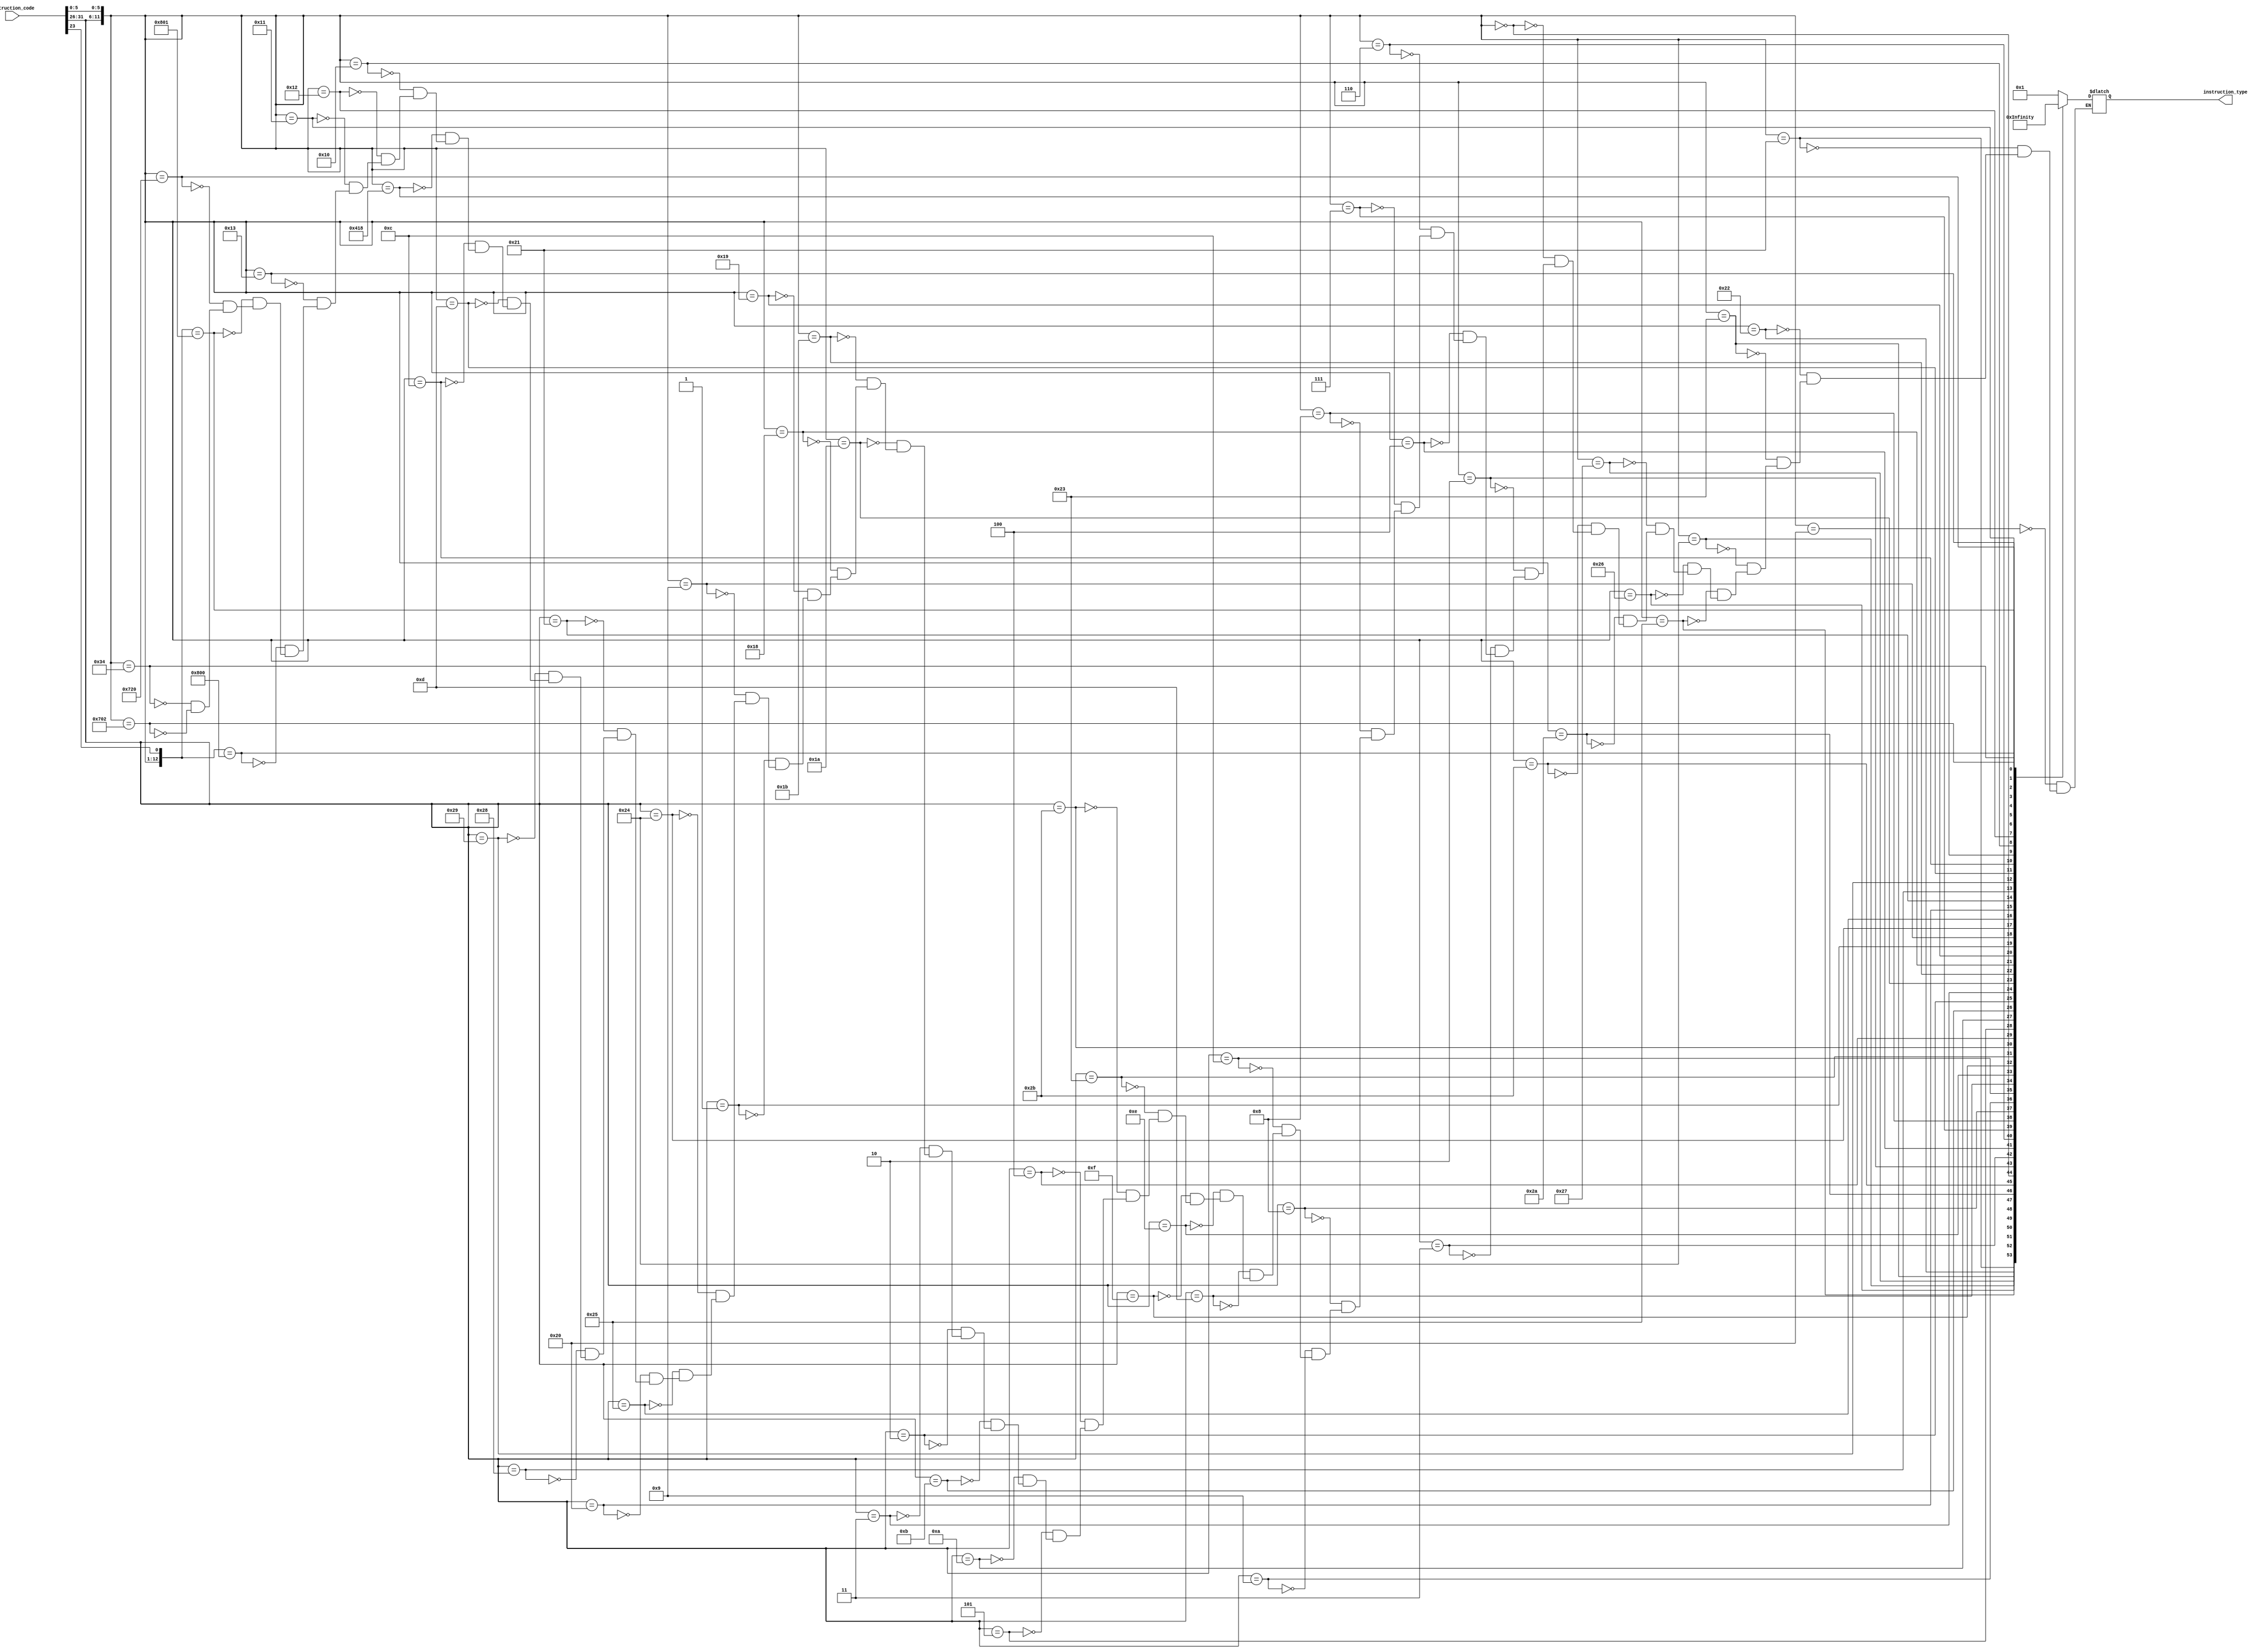
`timescale 1ns / 1ps
//////////////////////////////////////////////////////////////////////////////////
// Company: 
// Engineer: 
// 
// Design Name: 
// Module Name: instrcution_decoder
// Project Name: 
// Target Devices: 
// Tool Versions: 
// Description: 
// 
// Dependencies: 
// 
// Revision:
// Revision 0.01 - File Created
// Additional Comments:
// 
//////////////////////////////////////////////////////////////////////////////////


module instruction_decoder( input [31:0] instruction_code,output reg[54:0] instruction_type);
//
wire [12:0] temp;
assign temp = {instruction_code[31:26],instruction_code[5:0],instruction_code[23]};
//32~26op5~0func541

always @ (temp) begin
casez(temp)
   13'b000000100000?:instruction_type<=1<<0;//ADD
   13'b000000100001?:instruction_type<=1<<1;//ADDU
   13'b000000100010?:instruction_type<=1<<2;//SUB
   13'b000000100011?:instruction_type<=1<<3;//SUBU
   13'b000000100100?:instruction_type<=1<<4;//AND
   13'b000000100101?:instruction_type<=1<<5;//OR
   13'b000000100110?:instruction_type<=1<<6;//XOR
   13'b000000100111?:instruction_type<=1<<7;//NOR
   13'b000000101010?:instruction_type<=1<<8;//SLT
   13'b000000101011?:instruction_type<=1<<9;//SLTU
   13'b000000000000?:instruction_type<=1<<10;//SLL
   13'b000000000010?:instruction_type<=1<<11;//SRL
   13'b000000000011?:instruction_type<=1<<12;//SRA
   13'b000000000100?:instruction_type<=1<<13;//SLLV
   13'b000000000110?:instruction_type<=1<<14;//SRLV
   13'b000000000111?:instruction_type<=1<<15;//SRAV
   13'b000000001000?:instruction_type<=1<<16;//JR
   13'b001000???????:instruction_type<=1<<17;//ADDI
   13'b001001???????:instruction_type<=1<<18;//ADDIU
   13'b001100???????:instruction_type<=1<<19;//ANDI
   13'b001101???????:instruction_type<=1<<20;//ORI
   13'b001110???????:instruction_type<=1<<21;//XORI
   13'b001111???????:instruction_type<=1<<22;//LUI
   13'b100011???????:instruction_type<=1<<23;//LW
   13'b101011???????:instruction_type<=1<<24;//SW
   13'b000100???????:instruction_type<=1<<25;//BEQ
   13'b000101???????:instruction_type<=1<<26;//BNE
   13'b001010???????:instruction_type<=1<<27;//SLTI
   13'b001011???????:instruction_type<=1<<28;//SLTIU
   13'b000010???????:instruction_type<=1<<29;//JL
   13'b000011???????:instruction_type<=1<<30;//JAL
   13'b000000011010?:instruction_type<=1<<31;//DIV
   13'b000000011011?:instruction_type<=1<<32;//DIVU
   13'b000000011000?:instruction_type<=1<<33;//MULT
   13'b000000011001?:instruction_type<=1<<34;//MULTU
   13'b000001???????:instruction_type<=1<<35;//BGEZ
   13'b000000001001?:instruction_type<=1<<36;//JALR
   13'b100100???????:instruction_type<=1<<37;//LBU
   13'b100101???????:instruction_type<=1<<38;//LHU
   13'b100000???????:instruction_type<=1<<39;//LB
   13'b100001???????:instruction_type<=1<<40;//LH
   13'b101000???????:instruction_type<=1<<41;//SB
   13'b101001???????:instruction_type<=1<<42;//SH
   13'b000000001101?:instruction_type<=1<<43;//BREAK
   13'b000000001100?:instruction_type<=1<<44;//SYSCALL
   13'b010000011000?:instruction_type<=1<<45;//ERET
   13'b000000010000?:instruction_type<=1<<46;//MFHI
   13'b000000010010?:instruction_type<=1<<47;//MFLO
   13'b000000010001?:instruction_type<=1<<48;//MTHI
   13'b000000010011?:instruction_type<=1<<49;//MTLO
   13'b0100000000000:instruction_type<=1<<50;//MFC0
   13'b0100000000001:instruction_type<=1<<51;//MTC0
   13'b011100100000?:instruction_type<=1<<52;//CLZ
   13'b000000110100?:instruction_type<=1<<53;//TEQ
   13'b011100000010?:instruction_type<=1<<54;//MUL
   default:;
   endcase
end

endmodule